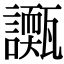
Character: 𧭌